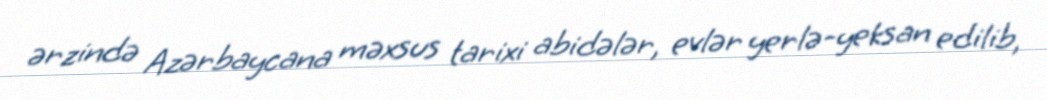
ərzində Azərbaycana məxsus tarixi abidələr, evlər yerlə-yeksan edilib,